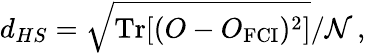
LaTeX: d_{HS}=\sqrt{\textup{Tr}[(O-O_{\textup{FCI}})^{2}]}/{\mathcal N}\, ,